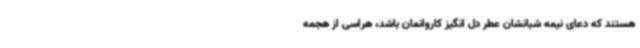
هستند که دعای نیمه شبانشان عطر دل انگیز کاروانمان باشد، هراسی از هجمه